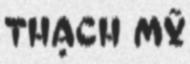
THẠCH MỸ